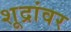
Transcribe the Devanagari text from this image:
शूद्रांवर